Vaccination report Assam 1874-1896 - 1874-1896
Year: 1874
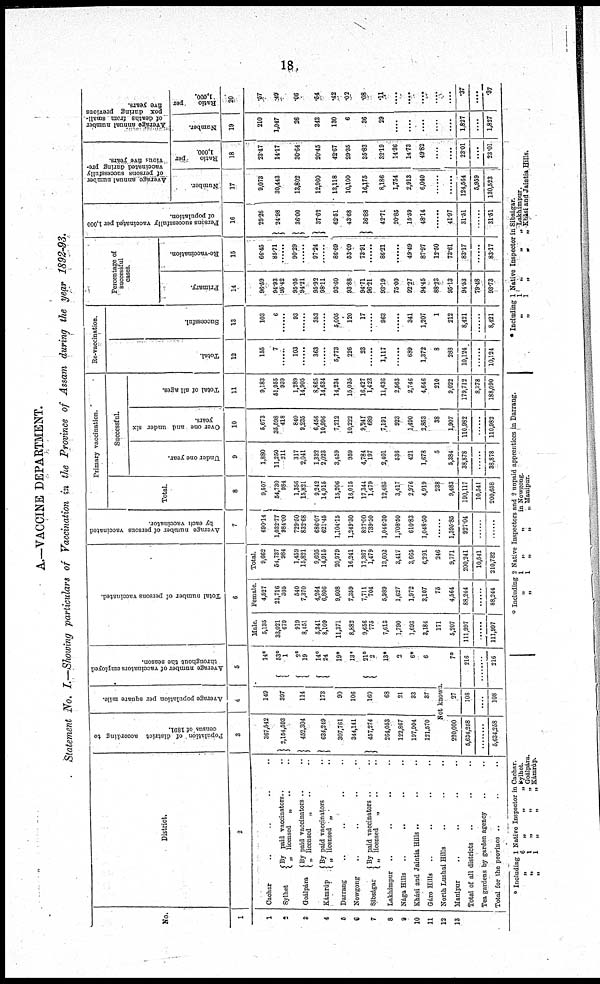
18
A.—VACCINE DEPARTMENT.
Statement No. I.—Showing particulars of Vaccination in the Province of Assam during the year 1892-93.
No.
1
1
2
3
4
5
6
7
8
9
10
11
12
13
District.
2
Cachar .. .. .. ..
Sylhet
Goálpára
Kámrúp
By paid vaccinators .. ..
„ licensed
„ .. ..
By paid vaccinators .. ..
„ licensed
„ .. ..
By paid vaccinators .. ..
„ licensed „ ..
Darrang .. .. .. ..
Nowgong .. .. ..
Sibságar
By paid vaccinators .. ..
„ licensed
„ ..
Lakhimpur
..
..
..
..
Nága Hills
.. .. .. ..
Khási and Jaintia Hills .. .. ..
Gáro Hills .. .. .. ..
North Lushai Hills .. .. .. ..
Manipur .. .. .. ..
Total of all districts .. .. ..
Tea gardens by garden agency .. ..
Total for the province .. .. ..
Population of district according to
census of 1891.
3
367,542
2,154,593
452,304
634,249
307,761
344,141
457,274
264,053
122,867
197,904
121,570
Average population per square mile.
4
149
397
114
173
90
106
160
68
21
33
37
Average number of vaccinators employed
throughout the season.
5
14*
53*
1
2*
19
14*
24
19*
13 *
21*
2
13*
2
6*
6
Not known.
220,000
5,634,258
........
5,634,258
27
108
....
108
7*
216
216
Total number of persons vaccinated.
6
Male.
5,135
33,021
679
919
8,451
5,341
8,109
11,371
8,882
9,656
775
7,613
1,790
1,693
3,184
171
5,207
111,997
........
111,997
Female.
4,527
21,716
305
540
7,370
4,264
6,806
9,608
7,359
7,711
704
5,989
1,627
1,972
3,107
75
4,564
88,244
........
88,244
Total.
9,662
54,737
984
1,459
15,821
9,605
14,915
20,979
16,241
17,367
1,479
13,602
3,417
3,665
6,291
246
9,771
200,241
10,541
210,782
Average number of persons vaccinated
by each vaccinator.
7
690.14
1,032.77
984.00
729.50
832.68
686.07
621.45
1,104.15
1,249.30
827.00
739.50
1,046.30
1,708.50
610.83
1,048.50
........
1,395.85
927.04
..........
......
Primary vaccination.
Total.
8
9,507
54,730
984
1,356
15,821
9,242
14,915
15,206
16,015
17,344
1,479
12,485
3,417
2,976
4,919
238
9,483
190,117
10,541
200,658
Successful.
Under One year.
9
1,880
11,250
211
317
2,041
1,332
2,023
3,459
959
4,784
197
2,401
536
421
1,678
5
5,384
38,878
......
38,878
Over one and under six
years.
10
5,673
35,598
418
840
9,235
6,456
10,996
7,212
10,222
9,241
689
7,191
923
1,490
2,853
38
1,907
110,982
......
110,982
Total of all ages.
11
9,183
51,955
939
1,289
14,905
8,865
14,634
14,234
15,035
16,427
1,423
11,636
2,563
2,746
4,646
210
9,022
179,712
8,378
188,090
Re-vaccination.
Total.
12
155
7
......
103
......
363
......
5,773
226
23
......
1,117
........
689
1,372
8
288
10,124
10,124
Successful.
13
103
6
......
93
......
353
......
5,005
120
17
......
963
........
341
1,207
1
212
8,421
......
8,421
Percentage of
successful
cases.
Primary.
14
96.59
94.93
95.42
95.05
94.21
95.92
98.11
93.60
93.88
94.71
96.21
93.19
75.00
92.27
94.45
88.23
95.13
94.53
79.48
93.73
Re-vaccination.
15
66.45
85.71
......
90.29
......
97.24
......
86.69
53.09
73.91
......
86.21
......
49.49
87.97
12.50
73.61
83.17
......
83.17
Persons successfully vaccinated per 1,000
of population.
16
25.26
24.98
36.00
37.62
62.51
43.68
36.88
42.11
20.85
15.59
48.14
........
41.97
31.51
......
31.51
Average annual number
of persons successfully
vaccinated during pre¬
vious five years.
Number.
17
9,073
30,443
13,802
12,960
13,118
10,100
16,175
8,186
1,754
2,913
6,040
........
......
124,564
5,959
130,523
Ratio
per
1,000.
18
23.47
14.17
30.64
20.45
42.67
29.35
35.83
32.19
14.36
14.73
49.82
....
....
23.01
....
23.01
Average annual number
of deaths from small-
pox during previous
five years.
Number.
19
210
1,047
26
343
130
6
36
29
....
....
....
....
....
1,827
....
1,827
Ratio
per
1,000.
20
.57
.49
.06
.54
.42
.02
.08
.11
....
....
....
....
....
.37
....
.37
* Including 1 Native Inspector in Cachar.
„ 6
„
„
„ Sylhet
„
1
„
„
„ Goálpára.
„ 1
„
„
„ Kámrúp.
* Including 2 Native Inspectors and 2 unpaid apprentices in Darrang.
„
1
„
„
inNowgdng.
„
1
„
„
„ Manipur.
* Including 1 Native Inspector in Sibságar.
„
1
„
„
„ Lakhimpur.
„
1
„
„
„ Khási and Jaintia Hills.